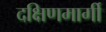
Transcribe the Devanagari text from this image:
दक्षिणमार्गी